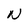
Character: N